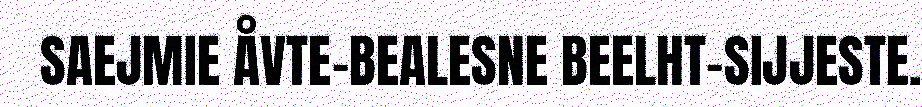
SAEJMIE ÅVTE-BEALESNE BEELHT-SIJJESTE.